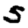
Digit: 5